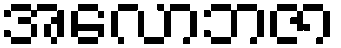
အလောဘဇာ